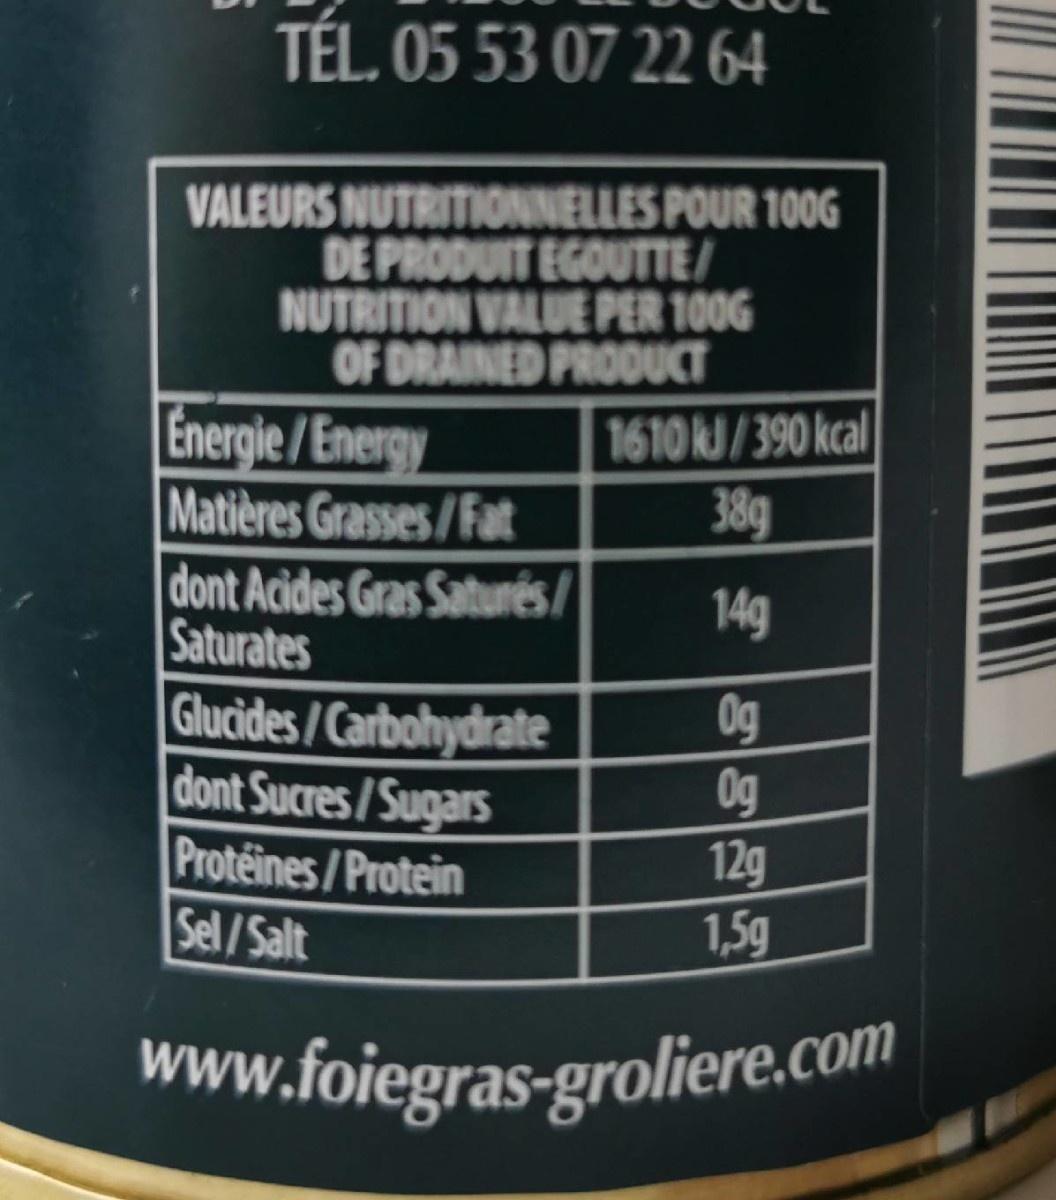
TÉL. 05 53 07 22 64
VALEURS NUTRITIONNELLES POUR 100G DE PRODUIT EGOUTTE/ NUTRITION VALUE PER 100G OF DRAINED PRODUCT Energie /Energy Matières Grasses/Fat dont Acides Gras Saturés/ Saturates Glucides/Carbohydrate dont Sucres/Sugars Proteines/Protein Sel/Salt
1610 kJ/390 kcal 38g
14g
0g Og 12g 1,5g
www.foiegras-groliere.com